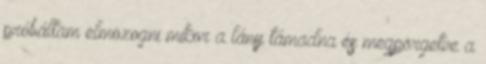
próbáltam elmozogni mikor a lány támadna és megpörgetve a